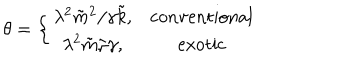
{ \theta } = \left\{ \begin{array} { c c } { { { \lambda ^ { 2 } { \tilde { m } } ^ { 2 } } / { \gamma { \tilde { k } } } , } } & { { \mathrm { c o n v e n t i o n a l } } } \\ { { { \lambda ^ { 2 } } { \tilde { m } } / \gamma , } } & { { \mathrm { e x o t i c } } } \\ \end{array} \right.